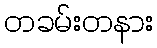
တခမ်းတနား